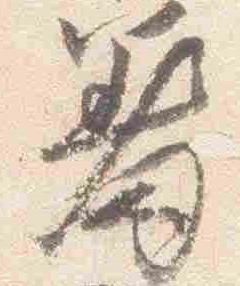
差